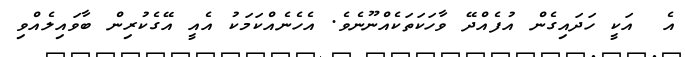
އެ  އަކީ ހަދައިގެން އުފެއްދޭ ވާހަކަތަކެއްނޫނެވެ. އެހެނެއްކަމަކު އެއީ އޭގެކުރިން ބާވައިލެއްވި